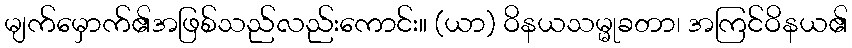
မျက်မှောက်၏အဖြစ်သည်လည်းကောင်း။ (ယာ) ဝိနယသမ္မုခတာ၊ အကြင်ဝိနယ၏